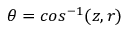
\theta = c o s ^ { - 1 } ( z , r )